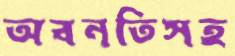
অবনতিসহ